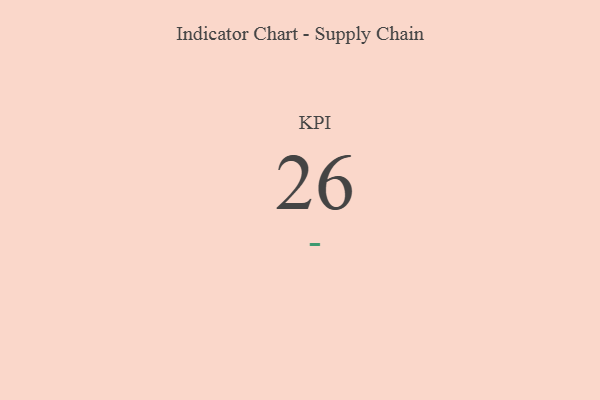
{"axis": {"x": "KPI", "y": "Value"}, "legend": [""], "data": [{"x": "KPI", "y": 26, "type": ""}]}